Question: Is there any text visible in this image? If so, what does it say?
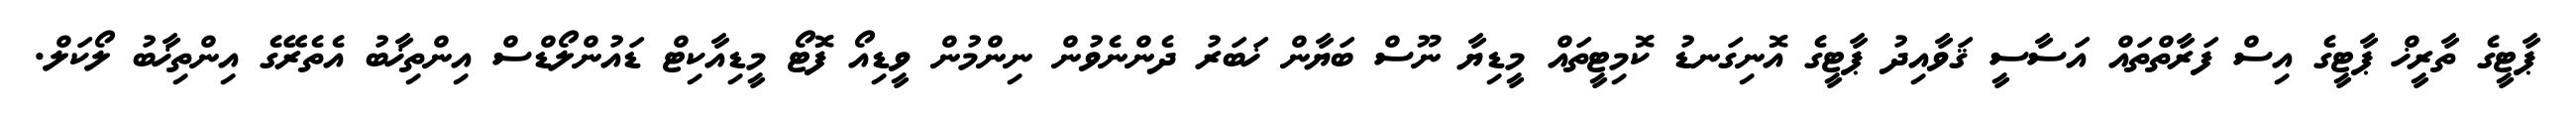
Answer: ޕާޓީގެ ތާރީޚް ޕާޓީގެ އިސް ފަރާތްތައް އަސާސީ ޤަވާއިދު ޕާޓީގެ އޮނިގަނޑު ކޮމިޓީތައް މީޑިޔާ ނޫސް ބަޔާން ޚަބަރު ދެންނެވުން ނިންމުން ވީޑިއޯ ފޮޓޯ މީޑިއާކިޓް ޑައުންލޯޑްސް އިންތިޚާބު އެތެރޭގެ އިންތިޚާބު ލޯކަލް.